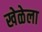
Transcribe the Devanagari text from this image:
खेळेला